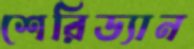
শেরিড্যান